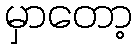
မှာတော့